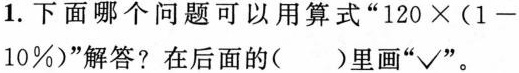
1.下面哪个问题可以用算式“$$1 2 0 \times ( 1 - 10 \% )$$”解答？在后面的()里画“√”。